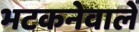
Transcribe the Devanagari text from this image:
भटकनेवाले